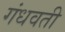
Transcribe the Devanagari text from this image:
गंधवती